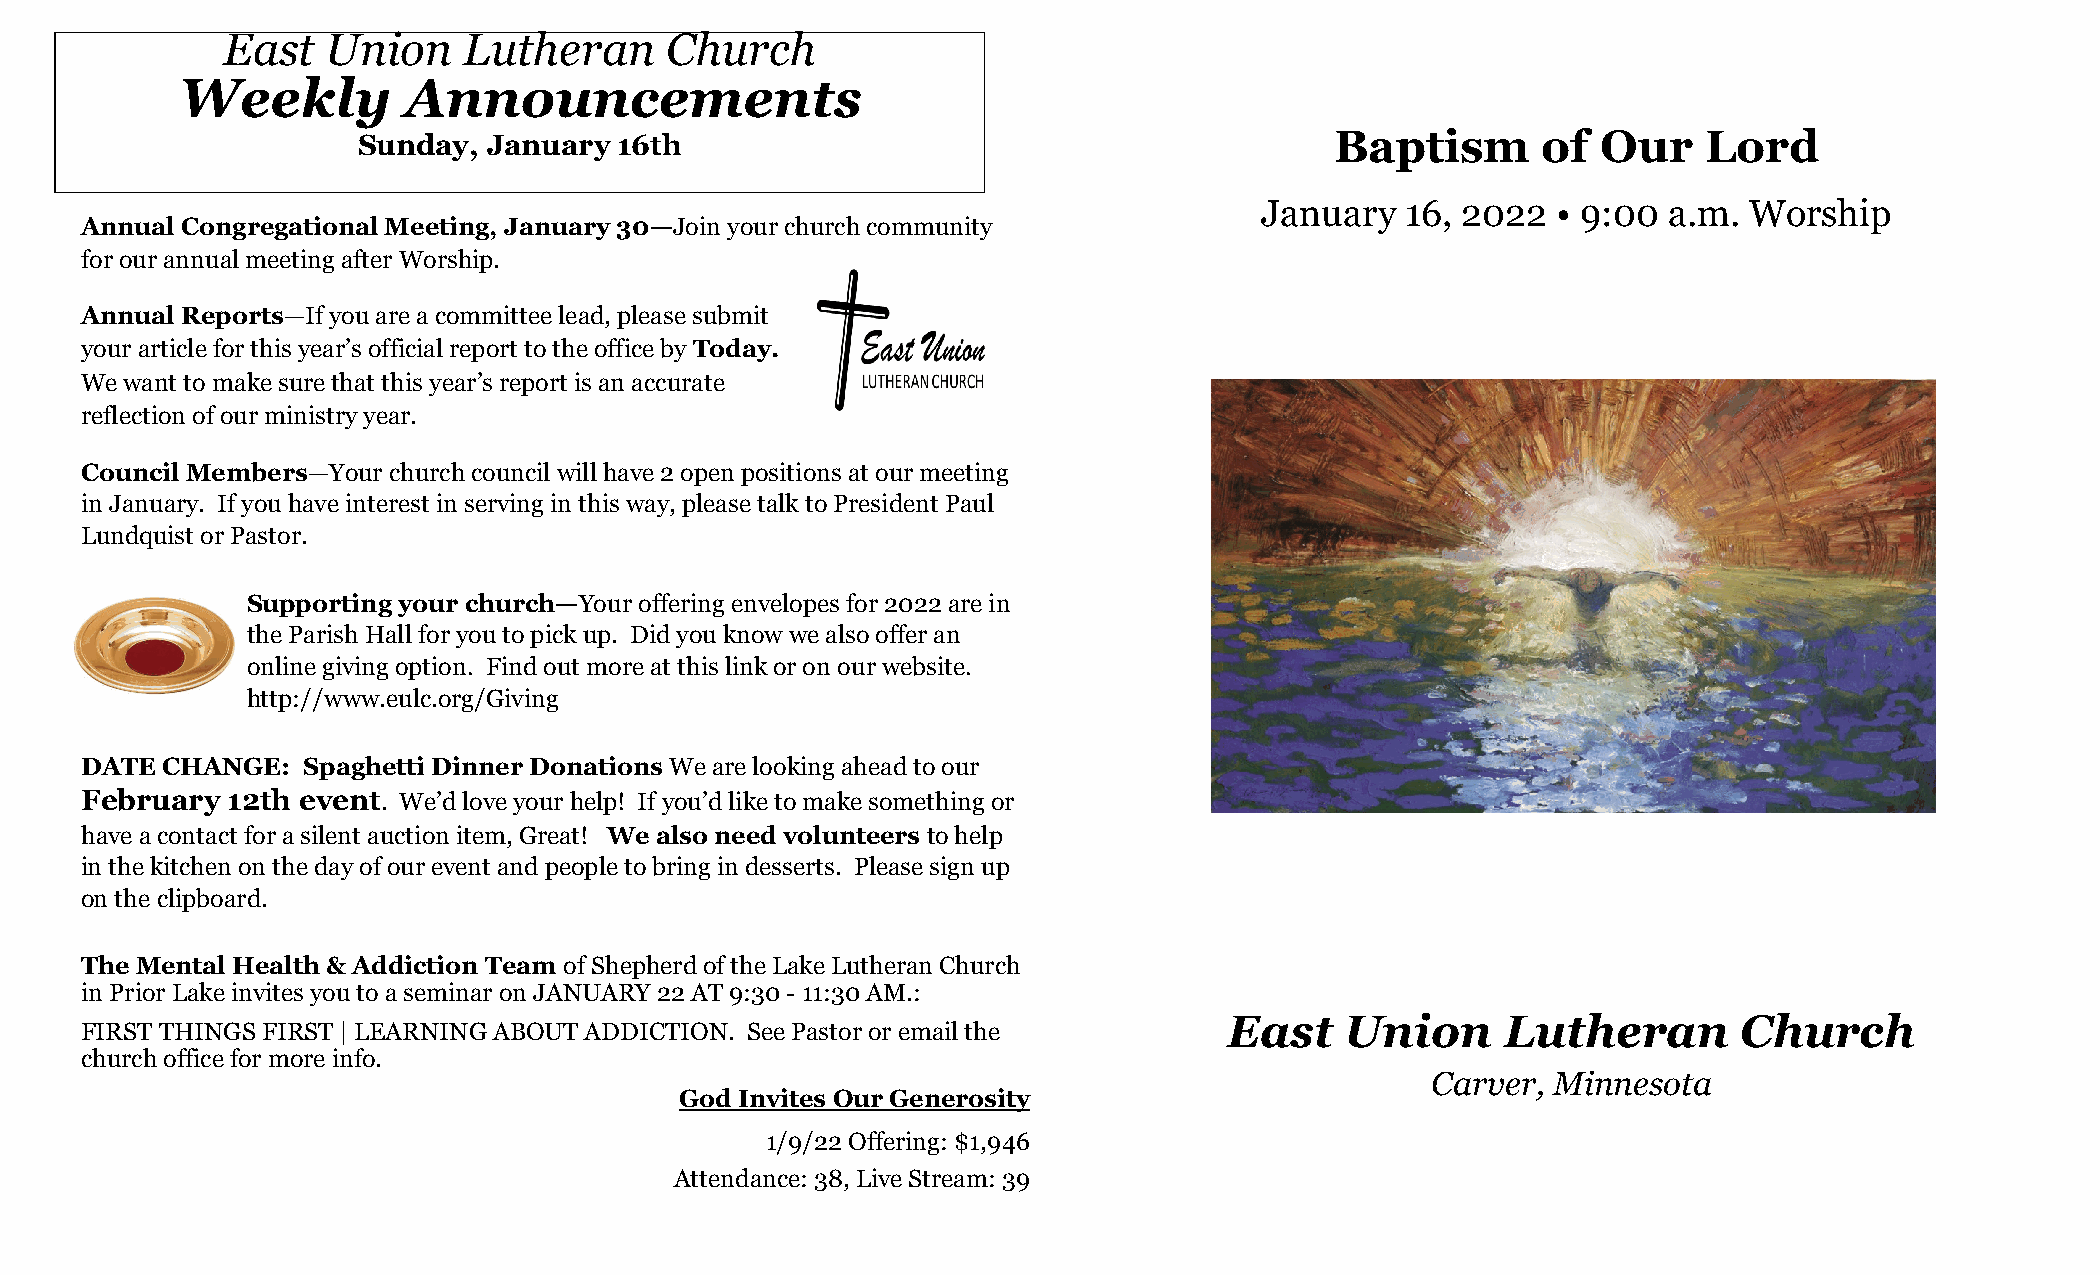
East   Union    Lutheran     Church
 Weekly         Announcements
 Sunday, January  16th                                           Baptism       of  Our    Lord
 January   16, 2022  • 9:00 a.m.  Worship
 Annual Congregational Meeting, January 30—Join your church community
 for our annual meeting after Worship.
 Annual Reports—If you are a committee lead, please submit
 your article for this year’s official report to the office by Today.
 We want to make sure that this year’s report is an accurate
 reflection of our ministry year.
 Council Members—Your church council will have 2 open positions at our meeting
 in January. If you have interest in serving in this way, please talk to President Paul
 Lundquist or Pastor.
 Supporting your church—Your offering envelopes for 2022 are in
 the Parish Hall for you to pick up. Did you know we also offer an
 online giving option. Find out more at this link or on our website.
 http://www.eulc.org/Giving
 DATE  CHANGE:  Spaghetti Dinner Donations We are looking ahead to our
 February  12th event. We’d love your help! If you’d like to make something or
 have a contact for a silent auction item, Great! We also need volunteers to help
 in the kitchen on the day of our event and people to bring in desserts. Please sign up
 on the clipboard.
 The Mental Health & Addiction Team of Shepherd of the Lake Lutheran Church
 in Prior Lake invites you to a seminar on JANUARY 22 AT 9:30 - 11:30 AM.:
 East    Union      Lutheran       Church
 FIRST THINGS FIRST | LEARNING ABOUT ADDICTION. See Pastor or email the
 church office for more info.
 Carver, Minnesota
 God Invites Our Generosity
 1/9/22 Offering: $1,946
 Attendance: 38, Live Stream: 39